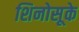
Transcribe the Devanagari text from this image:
शिनोसूके